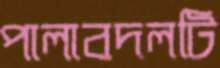
পালাবদলটি